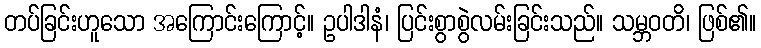
တပ်ခြင်းဟူသော အကြောင်းကြောင့်။ ဥပါဒါနံ၊ ပြင်းစွာစွဲလမ်းခြင်းသည်။ သမ္ဘဝတိ၊ ဖြစ်၏။